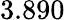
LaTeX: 3.890